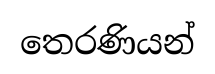
තෙරණියන්